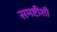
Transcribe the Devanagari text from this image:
समष्टीशी